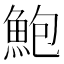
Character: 鮑